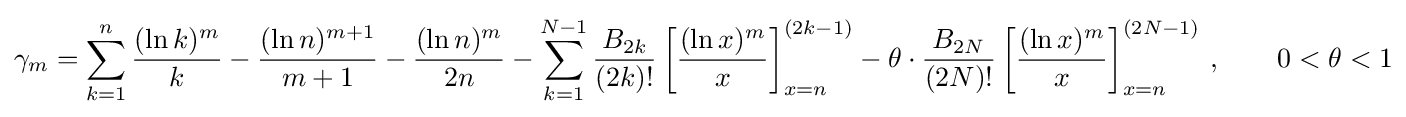
\gamma _{m}=\sum _{k=1}^{n}{\frac {(\ln k)^{m}}{k}}-{\frac {(\ln n)^{m+1}}{m+1}}-{\frac {(\ln n)^{m}}{2n}}-\sum _{k=1}^{N-1}{\frac {B_{2k}}{(2k)!}}\left[{\frac {(\ln x)^{m}}{x}}\right]_{x=n}^{(2k-1)}-\theta \cdot {\frac {B_{2N}}{(2N)!}}\left[{\frac {(\ln x)^{m}}{x}}\right]_{x=n}^{(2N-1)}\,,\qquad 0<\theta <1